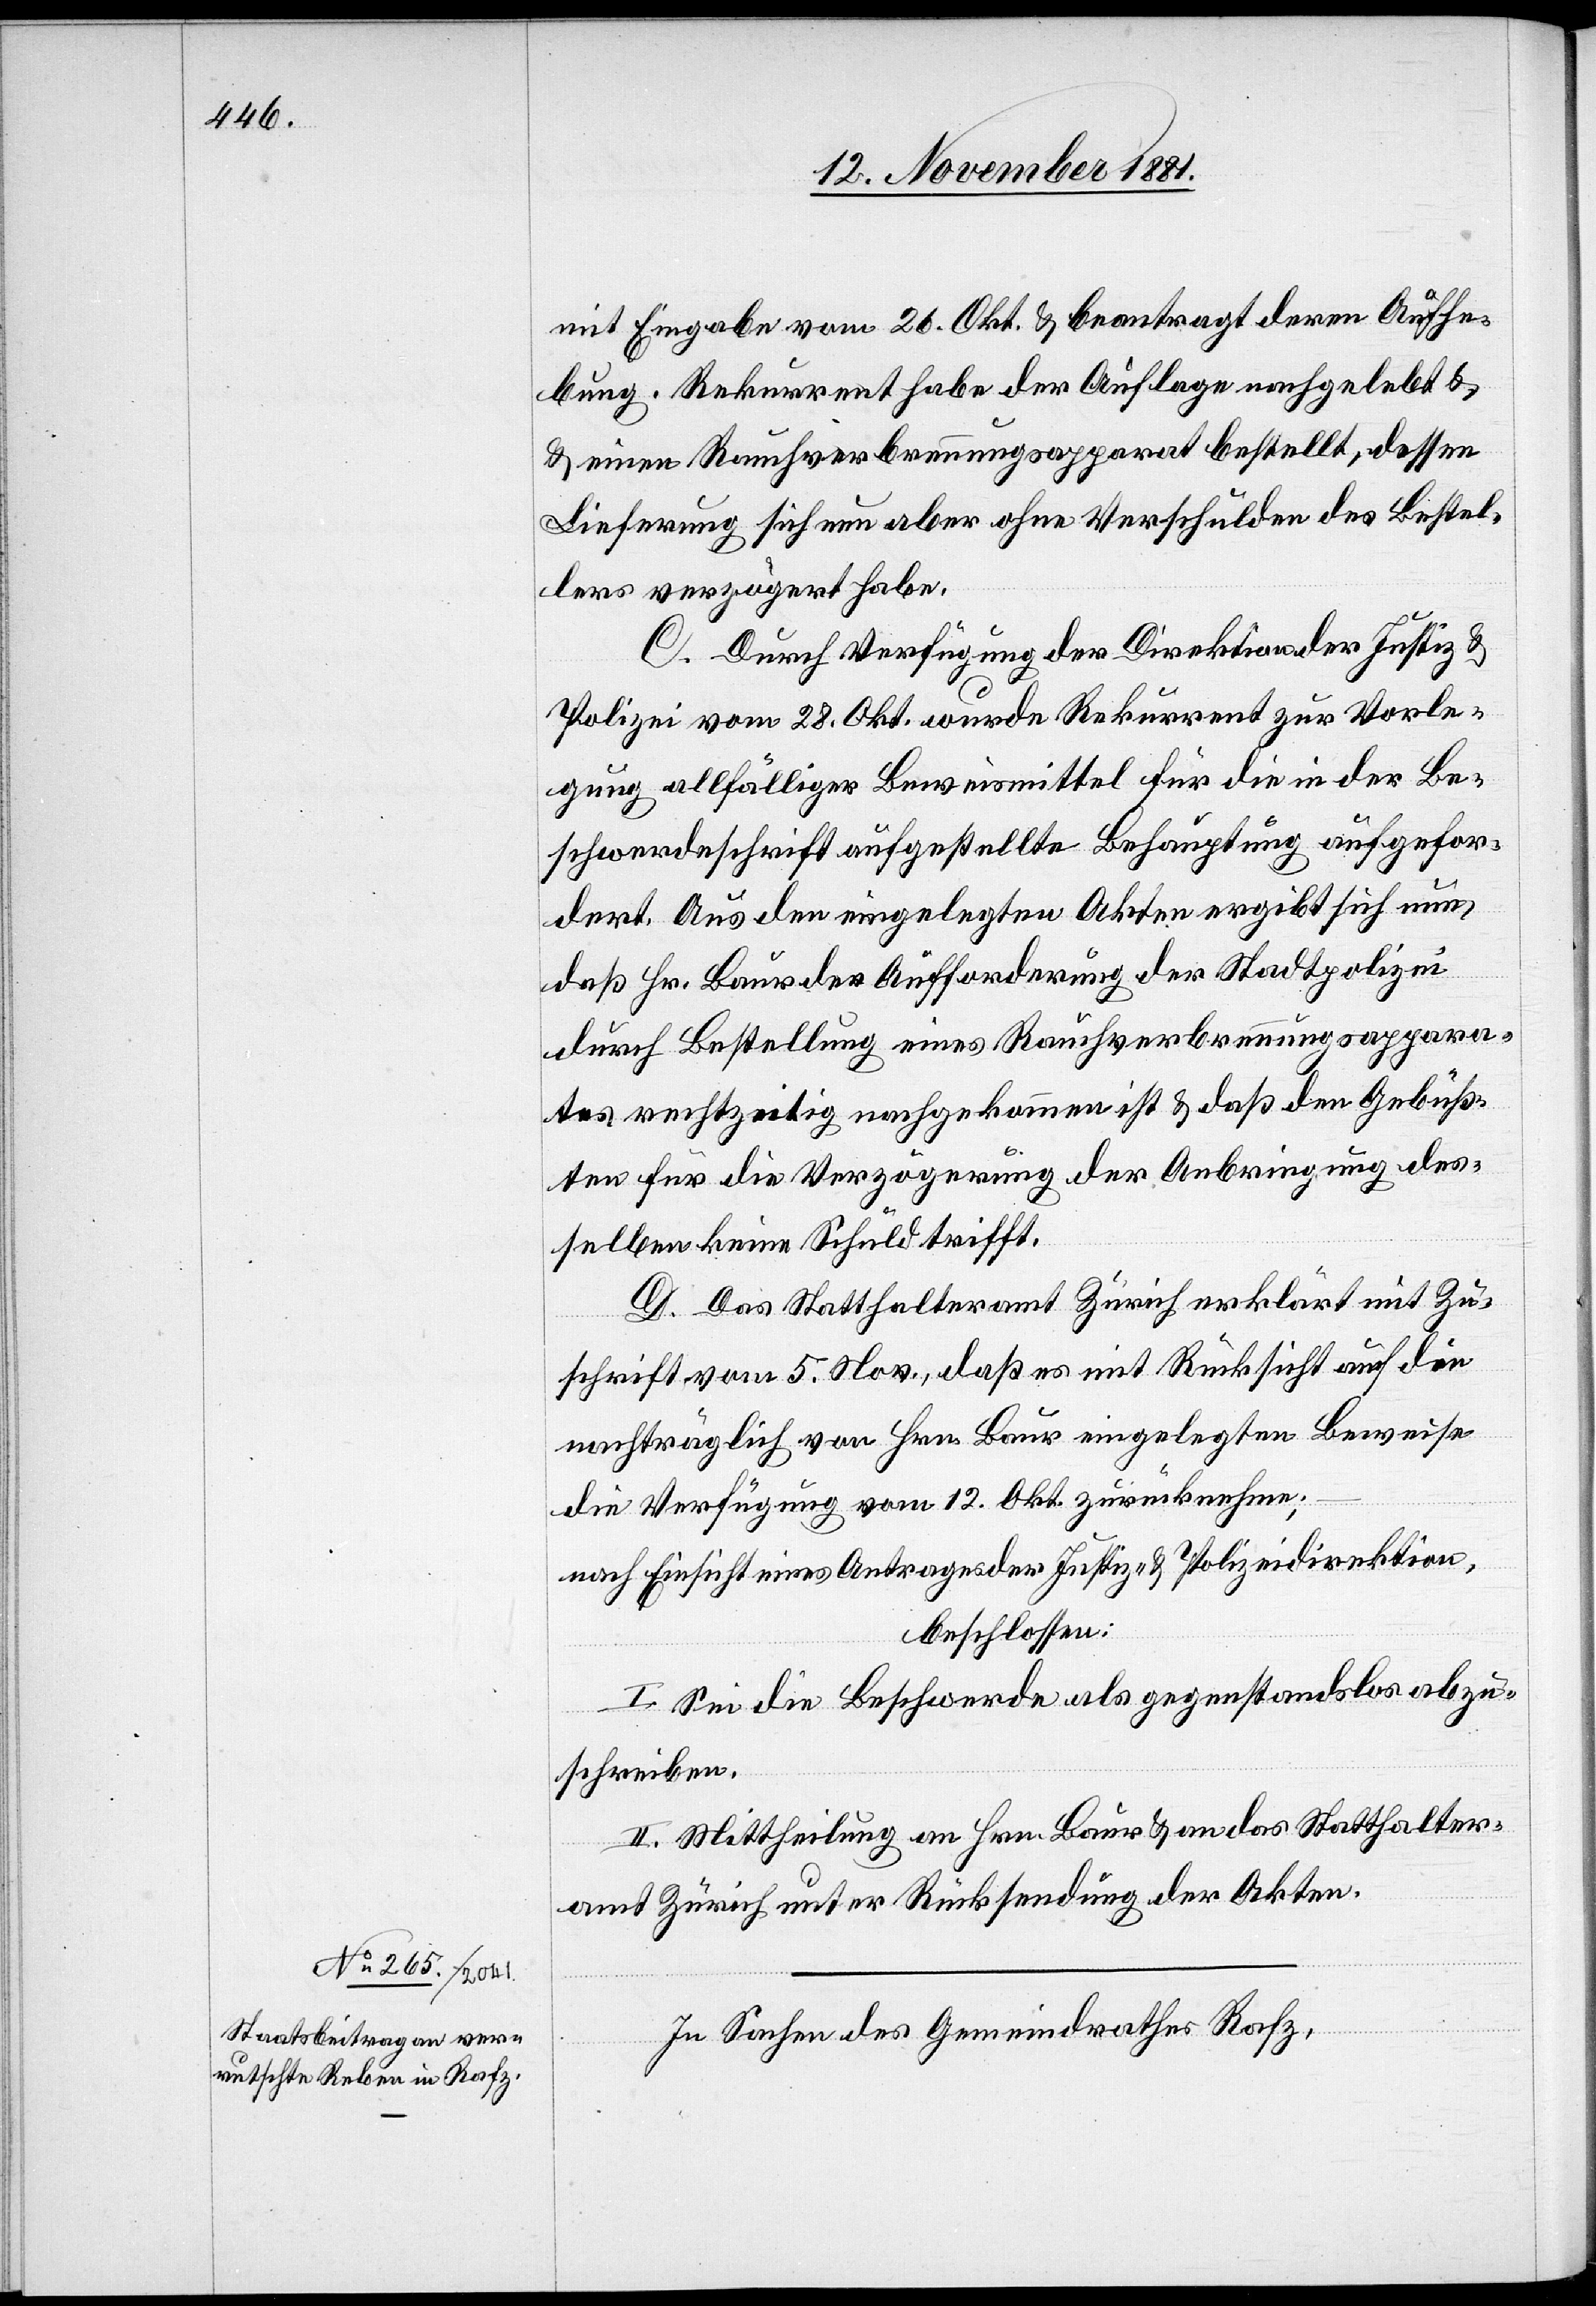
mit Eingabe vom 26. Okt. & beantragt deren Aufhe¬
bung. Rekurrent habe der Auflage nachgelebt &
einen Rauchverbrennungsapparat bestellt, dessen
Lieferung sich nun aber ohne Verschulden des Bestel¬
lers verzögert habe.
C. Durch Verfügung der Direktion der Justiz &
Polizei vom 28. Okt. wurde Rekurrent zur Vorle¬
gung allfälliger Beweismittel für die in der Be¬
schwerdeschrift aufgestellte Behauptung aufgefor¬
dert. Aus den eingelegten Akten ergibt sich nun,
daß Hr. Baur der Aufforderung der Stadtpolizei
durch Bestellung eines Rauchverbrennungsappar¬
tes rechtzeitig nachgekommen ist & daß den Gebüß¬
ten für die Verzögerung der Anbringung des¬
selben keine Schuld trifft.
D. Das Statthalteramt Zürich erklärt mit Zu¬
schrift vom 5. Nov., daß es mit Rücksicht auf die
nachträglich von Hrn. Baur eingelegten Beweise
die Verfügung vom 12. Okt zurücknehme;
nach Einsicht eines Antrages der Justiz- & Polizeidirektion,
beschlossen:
I. Sei die Beschwerde als gegenstandslos abzu¬
schreiben.
II. Mittheilung an Hrn. Baur & an das Statthalter¬
amt Zürich unter Rücksendung der Akten.
In Sachen des Gemeindrathes Rafz,